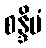
စန္ဒိမံ